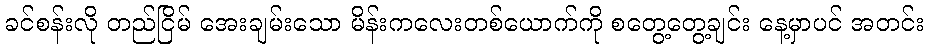
ခင်စန်းလို တည်ငြိမ် အေးချမ်းသော မိန်းကလေးတစ်ယောက်ကို စတွေ့တွေ့ချင်း နေ့မှာပင် အတင်း